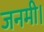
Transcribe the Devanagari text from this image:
जनमी।